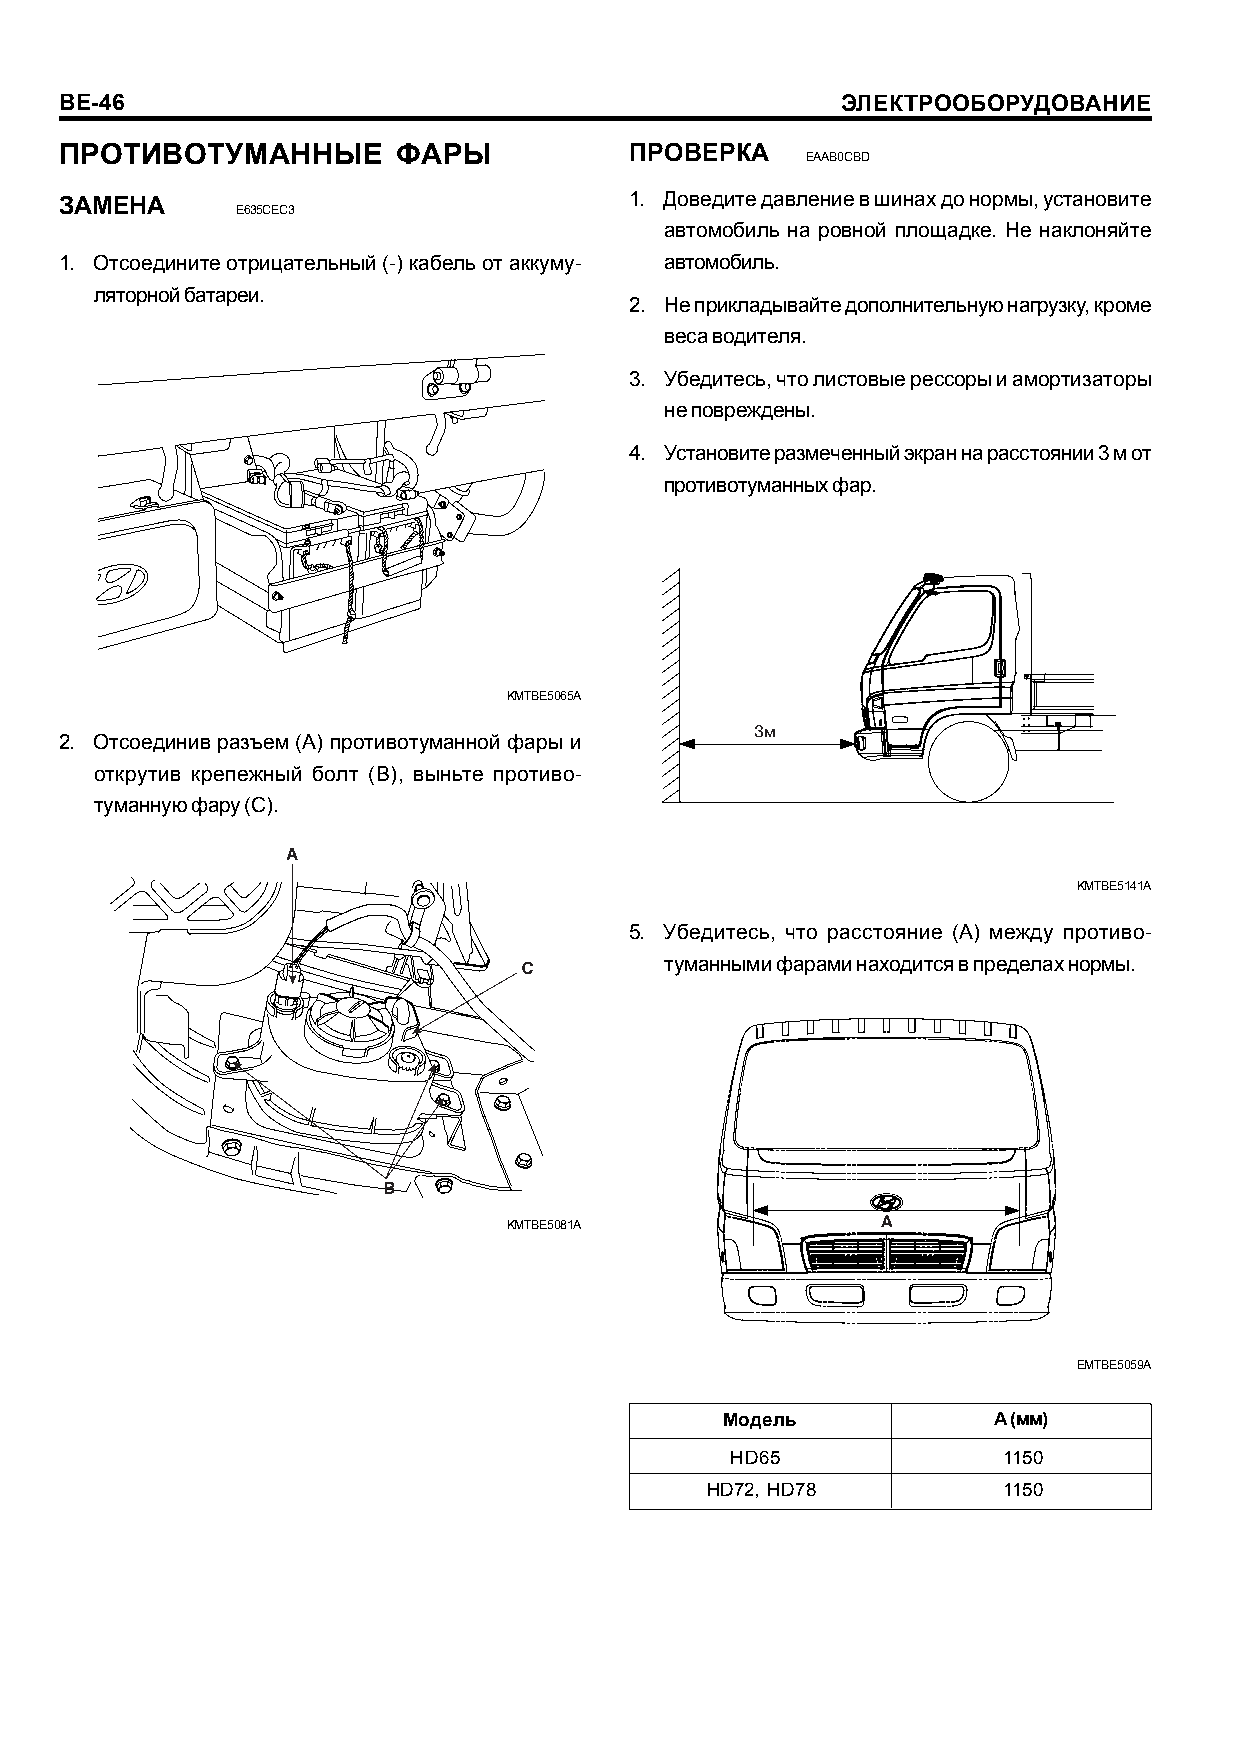
BE-46                                               ÝËÅÊÒÐÎÎÁÎÐÓÄÎÂÀÍÈÅ
 ÏÐÎÒÈÂÎÒÓÌÀÍÍÛÅ       ÔÀÐÛ            ÏÐÎÂÅÐÊÀ
 EAAB0CBD
 ÇÀÌÅÍÀ                                1. Äîâåäèòå äàâëåíèå â øèíàõ äî íîðìû, óñòàíîâèòå
 E635CEC3
 àâòîìîáèëü íà ðîâíîé ïëîùàäêå. Íå íàêëîíÿéòå
 1. Îòñîåäèíèòå îòðèöàòåëüíûé (-) êàáåëü îò àêêóìó- àâòîìîáèëü.
 ëÿòîðíîé áàòàðåè.
 2. Íå ïðèêëàäûâàéòå äîïîëíèòåëüíóþ íàãðóçêó, êðîìå
 âåñà âîäèòåëÿ.
 3. Óáåäèòåñü, ÷òî ëèñòîâûå ðåññîðû è àìîðòèçàòîðû
 íå ïîâðåæäåíû.
 4. Óñòàíîâèòå ðàçìå÷åííûé ýêðàí íà ðàññòîÿíèè 3 ì îò
 ïðîòèâîòóìàííûõ ôàð.
 KMTBE5065A
 2. Îòñîåäèíèâ ðàçúåì (A) ïðîòèâîòóìàííîé ôàðû è
 îòêðóòèâ êðåïåæíûé áîëò (B), âûíüòå ïðîòèâî-
 òóìàííóþ ôàðó (C).
 KMTBE5141A
 5. Óáåäèòåñü, ÷òî ðàññòîÿíèå (À) ìåæäó ïðîòèâî-
 òóìàííûìè ôàðàìè íàõîäèòñÿ â ïðåäåëàõ íîðìû.
 KMTBE5081A
 EMTBE5059A
 Ìîäåëü            À (ìì)
 HD65              1150
 HD72, HD78         1150